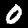
Label: 0